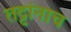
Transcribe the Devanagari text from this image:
तट्टांनाच